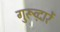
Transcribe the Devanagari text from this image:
गुरूव्‍द़ारें